Report on sanitation, dispensaries, and jails in Rajputana for 1913, and on vaccination for the year 1913-1914 - 1913-1914
Year: 1913
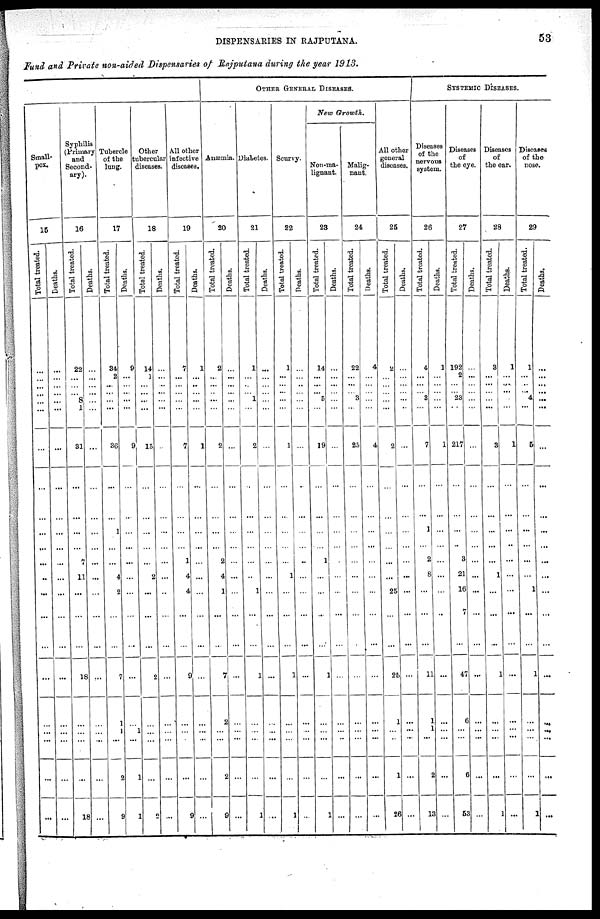
DISPENSARIES IN RAJPUTANA.
53
Fund and Private non-aided Dispensaries of Rajputana during the year 1913.
OTHER GENERAL DISEASES.
Small-
pox.
15
Total treated.
...
...
...
...
...
...
...
...
...
...
...
..
...
...
...
...
...
...
...
...
...
Deaths.
...
...
...
...
...
...
...
...
...
...
...
...
...
...
...
...
...
...
...
...
...
Syphilis
(Primary
and
Second-
ary).
16
Total treated.
22
...
...
...
8
1
31
...
...
...
7
11
...
...
...
18
...
...
...
...
18
Deaths.
...
...
...
...
...
...
...
...
...
...
...
...
...
...
...
...
...
...
...
...
...
Tubercle
of the
lung.
17
Total treated.
34
2
...
...
...
...
36
...
1
...
...
4
2
...
...
7
1
1
...
2
9
Deaths.
9
...
...
...
...
...
9
...
...
...
...
...
...
...
...
...
...
1
...
1
1
Other
tubercular
diseases.
18
Total treated.
14
1
...
...
...
...
15
...
...
...
...
2
...
...
...
2
...
...
...
...
2
Deaths.
...
...
...
...
...
...
...
...
...
...
...
...
...
...
...
...
...
...
...
...
...
A11 other
infective
diseases.
19
Total treated.
7
...
...
...
...
...
7
...
...
...
1
4
4
...
...
9
...
...
...
...
9
Deaths.
1
...
...
...
...
...
1
...
...
...
...
...
...
...
...
...
...
...
...
...
...
Anæmia.
20
Total treated.
2
...
...
...
...
...
2
...
...
...
2
4
1
...
...
7
2
...
...
2
9
Deaths.
...
...
...
...
...
...
...
...
...
...
...
...
...
...
...
...
...
...
...
...
...
Diabetes.
21
Total treated.
1
...
...
...
1
...
2
...
...
...
...
..
1
...
...
1
...
...
...
...
1
Deaths.
...
...
...
...
...
...
...
...
...
...
...
...
...
...
...
...
...
...
...
...
...
Scurvy.
22
Total treated.
1
...
...
...
...
...
1
...
...
...
...
1
...
...
...
1
...
...
...
...
1
Deaths.
...
...
..
...
...
...
...
...
...
...
..
...
...
...
...
...
...
...
...
...
...
New Growth.
Non-ma-
lignant.
23
Total treated.
14
...
...
...
5
...
19
...
...
...
1
...
...
...
...
1
...
...
...
...
1
Deaths.
...
...
...
...
...
...
...
...
...
...
...
...
...
...
...
...
...
...
...
...
...
Malig-
nant.
24
Total treated.
22
...
...
...
3
...
25
...
...
...
...
...
...
...
...
...
...
...
...
...
...
Deaths.
4
...
...
...
...
...
4
...
...
...
...
...
...
...
...
...
...
...
...
...
...
All other
general
diseases.
25
Total treated.
2
...
...
...
...
...
2
...
...
...
...
...
25
...
...
25
1
...
...
1
26
Deaths.
...
...
...
...
...
...
...
...
...
...
...
...
...
...
...
...
...
...
...
...
...
SYSTEMIC DISEASES.
Diseases
of the
nervous
system.
26
Total treated.
4
...
...
...
3
...
7
...
1
...
2
8
...
...
...
11
1
1
...
2
13
Deaths.
1
...
...
...
...
...
1
...
...
...
...
...
...
..
...
...
...
...
...
...
...
Diseases
of
the eye.
27
Total treated.
192
2
...
...
23
...
217
...
...
...
3
21
16
7
...
47
6
...
...
6
53
Deaths.
...
...
...
...
...
...
...
...
...
...
...
...
...
...
...
...
...
...
...
...
...
Diseases
of
the ear.
28
Total treated.
3
...
...
...
...
...
3
...
...
...
...
1
...
...
...
1
...
...
...
...
1
Deaths.
1
...
...
...
...
...
1
...
...
..
...
...
...
...
...
...
...
...
...
...
...
Diseases
of the
nose.
29
Total treated.
1
...
...
...
4
...
5
...
...
...
...
...
1
...
...
1
...
...
...
...
1
Deaths.
...
...
...
...
...
...
...
...
...
...
...
...
...
...
...
...
...
...
...
...
...